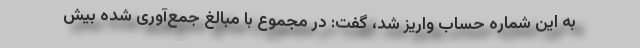
به این شماره حساب واریز شد، گفت: در مجموع با مبالغ جمع‌آوری شده بیش